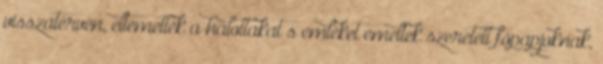
visszatérvén, eltemették a halottakat s emléket emeltek szeretett főpapjoknak,